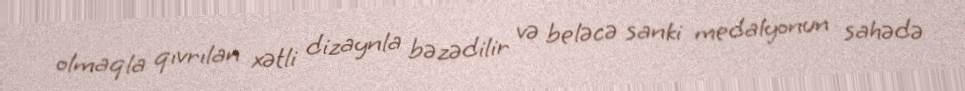
olmaqla qıvrılan xətli dizaynla bəzədilir və beləcə sanki medalyonun sahədə